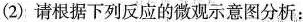
(2)请根据下列反应的微观示意图分析：